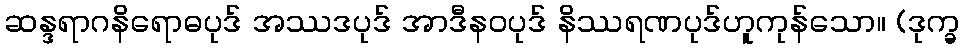
ဆန္ဒရာဂနိရောဓပုဒ် အဿဒပုဒ် အာဒီနဝပုဒ် နိဿရဏပုဒ်ဟူကုန်သော။ (ဒုက္ခ